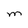
Character: M